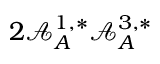
2 \mathcal { A } _ { A } ^ { 1 , * } \mathcal { A } _ { A } ^ { 3 , * }